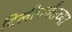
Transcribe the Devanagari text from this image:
दिलीपर्यंतच्या